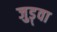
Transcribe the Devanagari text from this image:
जुड़्वा